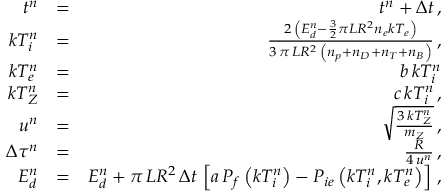
\begin{array} { r l r } { t ^ { n } } & { = } & { t ^ { n } + \Delta t \, , } \\ { k T _ { i } ^ { n } } & { = } & { \frac { 2 \, \left( E _ { d } ^ { n } - \frac { 3 } { 2 } \pi L R ^ { 2 } n _ { e } k T _ { e } \right) } { 3 \, \pi \, L R ^ { 2 } \, \left( n _ { p } + n _ { D } + n _ { T } + n _ { B } \right) } \, , } \\ { k T _ { e } ^ { n } } & { = } & { b \, k T _ { i } ^ { n } } \\ { k T _ { Z } ^ { n } } & { = } & { c \, k T _ { i } ^ { n } \, , } \\ { u ^ { n } } & { = } & { \sqrt { \frac { 3 \, k T _ { Z } ^ { n } } { m _ { Z } } } \, , } \\ { \Delta \tau ^ { n } } & { = } & { \frac { R } { 4 \, u ^ { n } } \, , } \\ { E _ { d } ^ { n } } & { = } & { E _ { d } ^ { n } + \pi \, L R ^ { 2 } \, \Delta t \, \left[ a \, P _ { f } \left( k T _ { i } ^ { n } \right) - P _ { i e } \left( k T _ { i } ^ { n } , k T _ { e } ^ { n } \right) \right] \, , } \end{array}